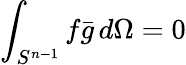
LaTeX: \int_{S^{n-1}}f{\bar{g}}\, d\Omega=0